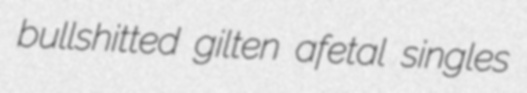
bullshitted gilten afetal singles